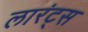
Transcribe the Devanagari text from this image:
लारंट्स